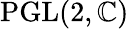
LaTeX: \operatorname{PGL}(2,\mathbb{C})